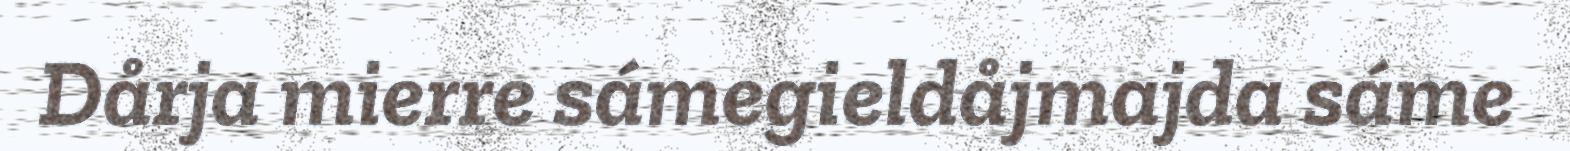
Dårja mierre sámegieldåjmajda sáme